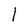
Character: 1